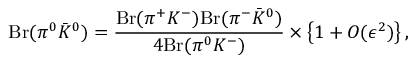
{ \displaystyle \mathrm { B r } ( \pi ^ { 0 } \bar { K } ^ { 0 } ) = \frac { \mathrm { B r } ( \pi ^ { + } K ^ { - } ) \mathrm { B r } ( \pi ^ { - } \bar { K } ^ { 0 } ) } { 4 \mathrm { B r } ( \pi ^ { 0 } K ^ { - } ) } } \times \left\{ 1 + O ( \epsilon ^ { 2 } ) \right\} ,